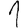
Digit: 1